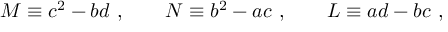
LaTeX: M \equiv c ^ { 2 } - b d \ , \qquad N \equiv b ^ { 2 } - a c \ , \qquad L \equiv a d - b c \ ,